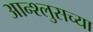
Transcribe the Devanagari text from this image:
आन्श्लुसच्या